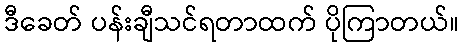
ဒီခေတ် ပန်းချီသင်ရတာထက် ပိုကြာတယ်။